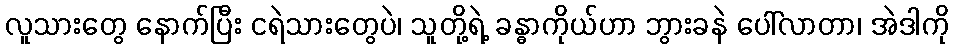
လူသားတွေ နောက်ပြီး ငရဲသားတွေပဲ၊ သူတို့ရဲ့ ခန္ဓာကိုယ်ဟာ ဘွားခနဲ ပေါ်လာတာ၊ အဲဒါကို